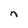
Character: n